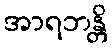
အာရဘန္တိ